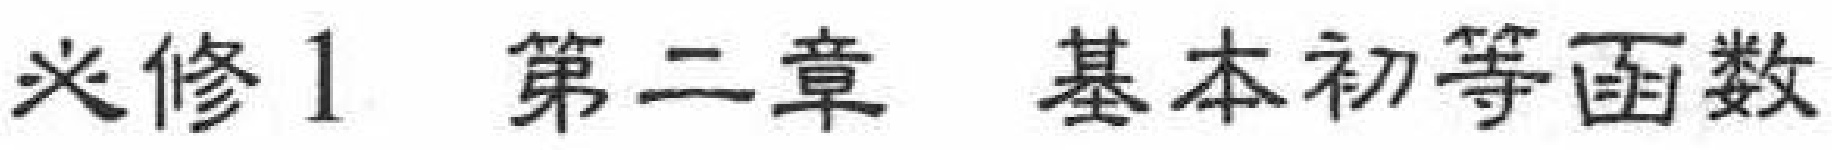
必修1 第二章 基本初等函数